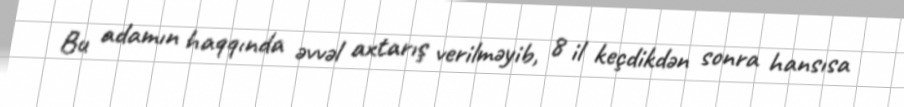
Bu adamın haqqında əvvəl axtarış verilməyib, 8 il keçdikdən sonra hansısa